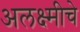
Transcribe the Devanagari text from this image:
अलक्ष्मीचे